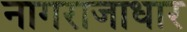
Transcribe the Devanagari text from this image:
नागराजाधार